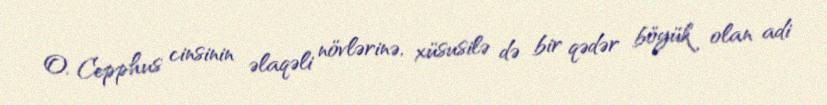
O, Cepphus cinsinin əlaqəli növlərinə, xüsusilə də bir qədər böyük olan adi